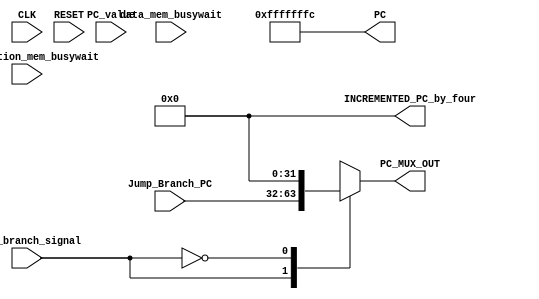
`timescale  1ns/100ps

module InstructionfetchModule (
    CLK,
    RESET,
    instruction_mem_busywait,
    data_mem_busywait,
    jump_branch_signal,
    PC,
    INCREMENTED_PC_by_four,
    Jump_Branch_PC,
    PC_MUX_OUT,
    PC_value
);

output reg [31:0] PC,INCREMENTED_PC_by_four,PC_MUX_OUT;
input wire CLK,RESET,instruction_mem_busywait,data_mem_busywait,jump_branch_signal;
input wire [31:0] Jump_Branch_PC,PC_value;

wire busywait;



// busywait signal enable whenever data memmory busywait or instruction memory busywait enables
or(busywait,instruction_mem_busywait,data_mem_busywait);


always @(RESET) begin //set the pc value depend on the RESET to start the programme
    PC= -4;
end

// incrementing PC by 4 to get next PC value
always @(PC) begin
    #2                              //adder delay
    INCREMENTED_PC_by_four=PC+4;
end

//Pc_mux
always @(*)begin
    case (jump_branch_signal)
            1'b1:begin
                PC_MUX_OUT=Jump_Branch_PC;
            end
            1'b0:begin
                PC_MUX_OUT=INCREMENTED_PC_by_four;
            end
    endcase
end

always @(posedge CLK) begin //update the pc value depend on the positive clock edge
    #2                         //!delay updated because PC wont update as soon as busywait zeroed
    if(busywait == 1'b0)begin //update the pc when only busywait is zero 
        PC = PC_value;
    end
end  
    
endmodule